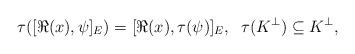
LaTeX: \begin{align*}\tau([\Re(x), \psi]_{E}) = [\Re(x), \tau(\psi)]_{E}, \; \; \tau(K^{\perp}) \subseteq K^{\perp},\end{align*}